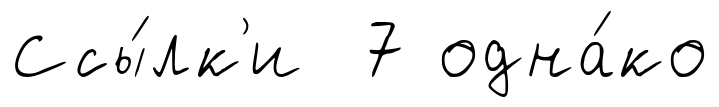
Ссы́лк'и 7 одна́ко